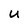
Character: U